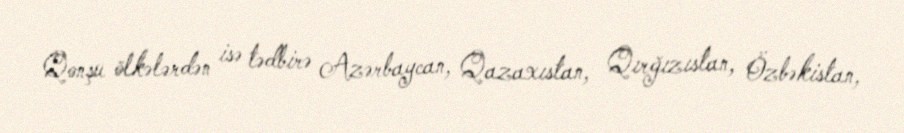
Qonşu ölkələrdən isə tədbirə Azərbaycan, Qazaxıstan, Qırğızıstan, Özbəkistan,